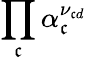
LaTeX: \prod_{\mathfrak{c}}\alpha_{\mathfrak{c}}^{\nu_{\mathfrak{c}d}}